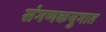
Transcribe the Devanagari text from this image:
संगणकयुगात